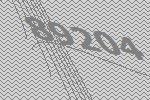
89204